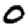
Digit: 0